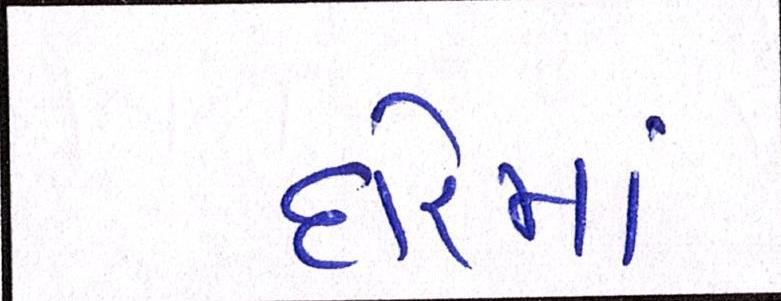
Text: દોરમાં